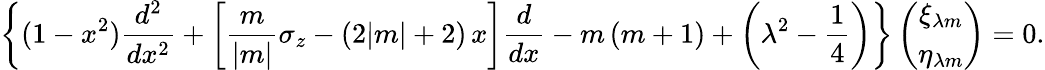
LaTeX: \left\{ (1-x^{2})\frac{d^{2}}{dx^{2}}+\left[\frac m{|m|}\sigma_{z}-(2|m|+2)\, x\right]\frac d{dx}-m\, (m+1)+\left(\lambda^{2}-\frac 14\right)\right\} \left(\begin{array}{c}{{\xi_{\lambda m}}}\\ {{\eta_{\lambda m}}}\end{array}\right)=0.